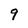
Character: 9